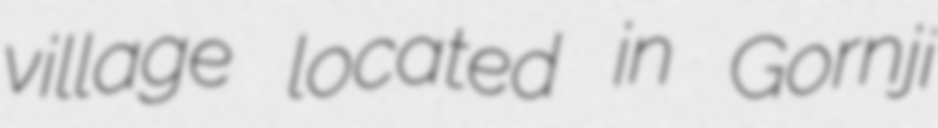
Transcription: village located in Gornji